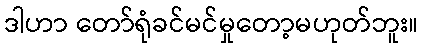
ဒါဟာ တော်ရုံခင်မင်မှုတော့မဟုတ်ဘူး။